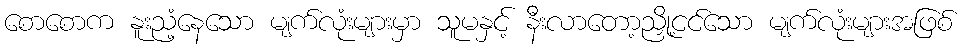
စောစောက နူးညံ့နေသော မျက်လုံးများမှာ သူမနှင့် နီးလာတော့ညှို့ငင်သော မျက်လုံးများအဖြစ်